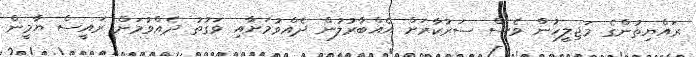
ރައްޔިތުންގެ މަޖިލީހުން ވެސް ސަރުކާރަށް އެއްބާރުލުން ދެއްވުމަށާއި ވަގުތު ދެއްވުމަށް ރައީސް ޔާމީން